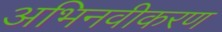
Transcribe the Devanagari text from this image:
अभिनवीकरण